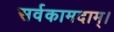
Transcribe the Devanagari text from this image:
सर्वकामदाम्‌।